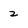
Character: 2